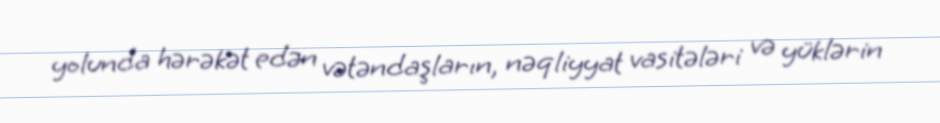
yolunda hərəkət edən vətəndaşların, nəqliyyat vasitələri və yüklərin